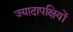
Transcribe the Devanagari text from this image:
ज्यादापक्षियों